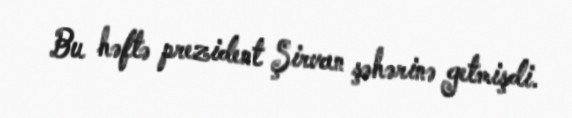
Bu həftə prezident Şirvan şəhərinə getmişdi.